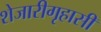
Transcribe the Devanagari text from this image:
शेजारीगृहासी